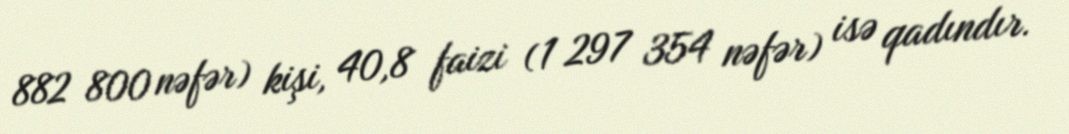
882 800 nəfər) kişi, 40,8 faizi (1 297 354 nəfər) isə qadındır.